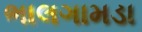
ભાલગામડા